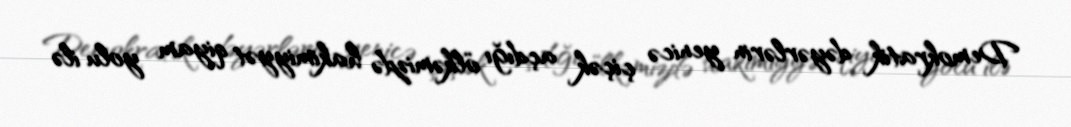
Demokratik dəyərlərin yenicə çiçək açdığı ölkəmizdə hakimiyyət qiyam yolu ilə